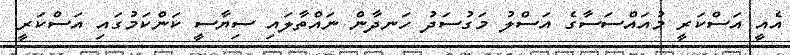
އެއީ އަސްކަރީ މުއައްސަސާގެ އަސްލު މަގުސަދު ހަނދާން ނައްތާލައި ސިޔާސީ ކަންކަމުގައި އަސްކަރީ